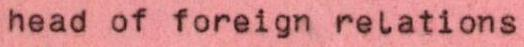
head of foreign relations